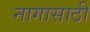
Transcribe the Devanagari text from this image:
नागासाठी